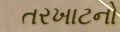
તરખાટનો